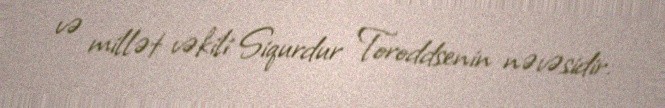
və millət vəkili Siqurdur Toroddsenin nəvəsidir.